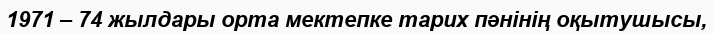
1971 – 74 жылдары орта мектепке тарих пәнінің оқытушысы,